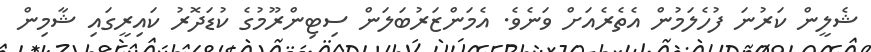
ޝެލީން ކަރުނަ ފުހެލަމުން އެތެރެއަށް ވަނެވެ. އެމަންޒަރުބަލަން ސިޓިންރޫމުގެ ކުޑަދޮރު ކައިރީގައި ޝާމިން